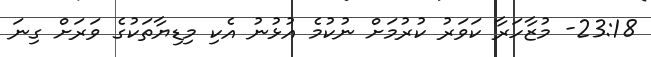
23:18- މުޒާހަރާ ކަވަރު ކުރުމަށް ނުކުމެ އުޅުނު އެކި މިޑިޔާތަކުގެ ވަރަށް ގިނަ